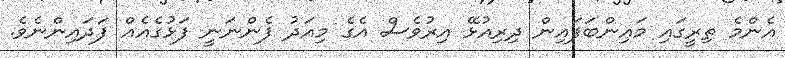
އެންމެ ތިރީގައި މައިންބަފައިން ދިރިއުޅޭ އިރުވެސް އެގެ މިއަދު ފެންނަނީ ފަޅުގެއެއް ފަދައިންނެވެ.